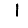
Digit: 1